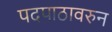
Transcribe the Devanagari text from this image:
पदपाठावरुन